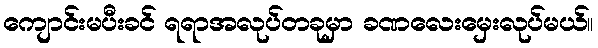
ကျောင်းမပီးခင် ရရာအလုပ်တခုမှာ ခဏလေးမှေးလုပ်မယ်။